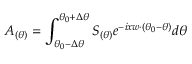
A _ { ( \theta ) } = \int _ { \theta _ { 0 } - \Delta \theta } ^ { \theta _ { 0 } + \Delta \theta } S _ { ( \theta ) } e ^ { - i x w \cdot ( \theta _ { 0 } - \theta ) } d \theta